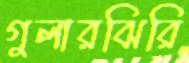
গুলারঝিরি